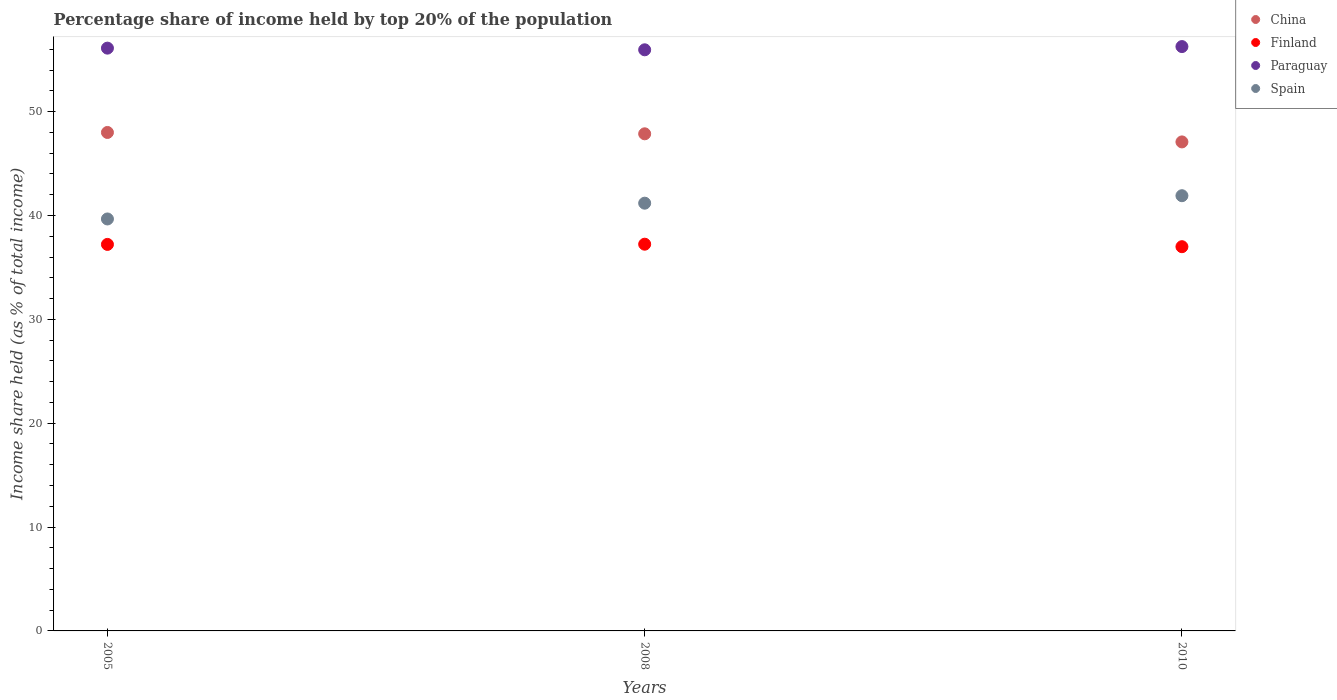
| Years | China | Finland | Paraguay | Spain |
 | --- | --- | --- | --- | --- |
 | 2005 | 48 | 37.2 | 56.1 | 39.7 |
 | 2008 | 47.9 | 37.2 | 56 | 41.2 |
 | 2010 | 47.1 | 37 | 56.3 | 41.9 |